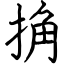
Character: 捔